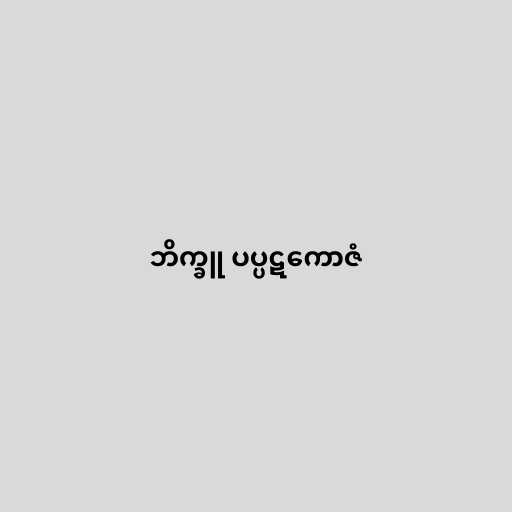
ဘိက္ခူ ပပ္ပဋကောဇံ